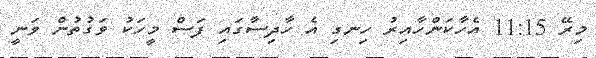
މިރޭ 11:15 އެހާކަންހާއިރު ހިނގި އެ ހާދިސާގައި ފަސް މީހަކު ވަގުތުން ވަނީ